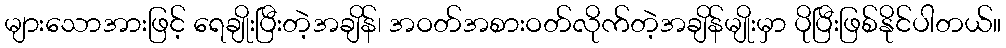
များသောအားဖြင့် ရေချိုးပြီးတဲ့အချိန်၊ အဝတ်အစားဝတ်လိုက်တဲ့အချိန်မျိုးမှာ ပိုပြီးဖြစ်နိုင်ပါတယ်။